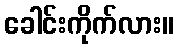
ခေါင်းကိုက်လား။